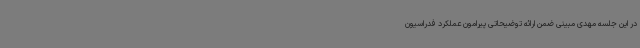
در این جلسه مهدی مبینی ضمن ارائه توضیحاتی پیرامون عملکرد فدراسیون